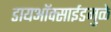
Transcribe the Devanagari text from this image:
डायऑक्साईडमुळे